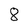
Character: 8